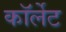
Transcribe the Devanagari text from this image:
कॉर्लेट